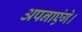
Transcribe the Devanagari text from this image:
अपनाएंगे।